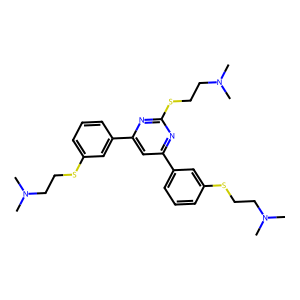
SMILES: CN(C)CCSc1cccc(-c2cc(-c3cccc(SCCN(C)C)c3)nc(SCCN(C)C)n2)c1
Inhibits HIV replication: No